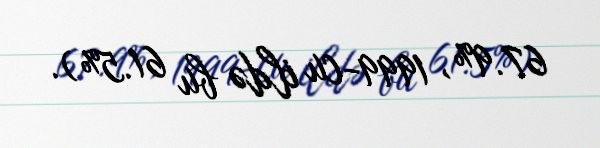
67.9%, 1999-cu ildə bu 61.5%).